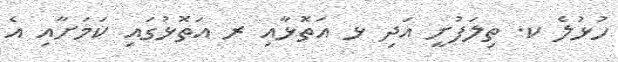
ހުޅުލެ ކ. ތިލަފުށީ އަދި ޅ އަތޮޅާއި ރ އަތޮޅުގައި ކަމަށާއި އެ